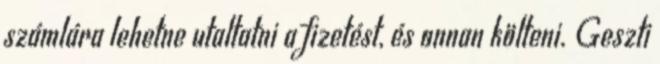
számlára lehetne utaltatni a fizetést, és onnan költeni. Geszti